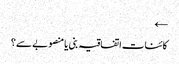
←
کائنات اتفاقیہ بنی یا منصوبے سے؟